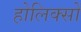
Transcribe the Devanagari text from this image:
होलिक्सों